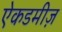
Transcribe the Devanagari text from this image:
ऐकडमीज़